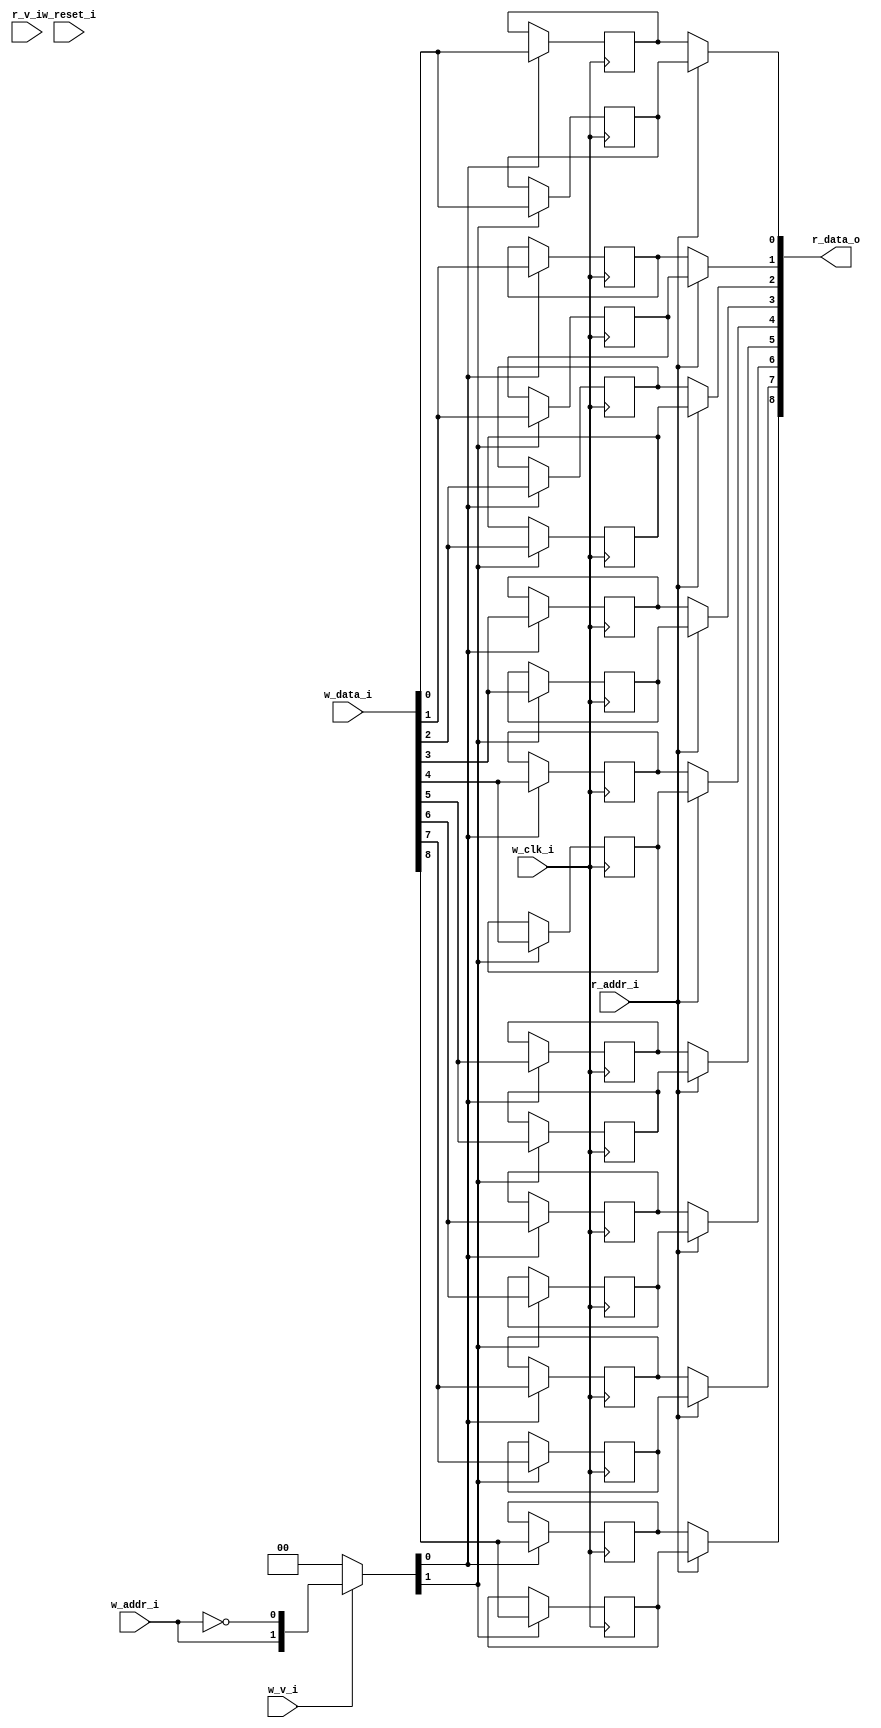
module bsg_mem_1r1w_synth_width_p9_els_p2_read_write_same_addr_p0_harden_p0
(
  w_clk_i,
  w_reset_i,
  w_v_i,
  w_addr_i,
  w_data_i,
  r_v_i,
  r_addr_i,
  r_data_o
);

  input [0:0] w_addr_i;
  input [8:0] w_data_i;
  input [0:0] r_addr_i;
  output [8:0] r_data_o;
  input w_clk_i;
  input w_reset_i;
  input w_v_i;
  input r_v_i;
  wire [8:0] r_data_o;
  wire N0,N1,N2,N3,N4,N5,N7,N8;
  reg [17:0] mem;
  assign r_data_o[8] = (N3)? mem[8] : 
                       (N0)? mem[17] : 1'b0;
  assign N0 = r_addr_i[0];
  assign r_data_o[7] = (N3)? mem[7] : 
                       (N0)? mem[16] : 1'b0;
  assign r_data_o[6] = (N3)? mem[6] : 
                       (N0)? mem[15] : 1'b0;
  assign r_data_o[5] = (N3)? mem[5] : 
                       (N0)? mem[14] : 1'b0;
  assign r_data_o[4] = (N3)? mem[4] : 
                       (N0)? mem[13] : 1'b0;
  assign r_data_o[3] = (N3)? mem[3] : 
                       (N0)? mem[12] : 1'b0;
  assign r_data_o[2] = (N3)? mem[2] : 
                       (N0)? mem[11] : 1'b0;
  assign r_data_o[1] = (N3)? mem[1] : 
                       (N0)? mem[10] : 1'b0;
  assign r_data_o[0] = (N3)? mem[0] : 
                       (N0)? mem[9] : 1'b0;

  always @(posedge w_clk_i) begin
    if(N8) begin
      mem[17] <= w_data_i[8];
    end 
  end


  always @(posedge w_clk_i) begin
    if(N8) begin
      mem[16] <= w_data_i[7];
    end 
  end


  always @(posedge w_clk_i) begin
    if(N8) begin
      mem[15] <= w_data_i[6];
    end 
  end


  always @(posedge w_clk_i) begin
    if(N8) begin
      mem[14] <= w_data_i[5];
    end 
  end


  always @(posedge w_clk_i) begin
    if(N8) begin
      mem[13] <= w_data_i[4];
    end 
  end


  always @(posedge w_clk_i) begin
    if(N8) begin
      mem[12] <= w_data_i[3];
    end 
  end


  always @(posedge w_clk_i) begin
    if(N8) begin
      mem[11] <= w_data_i[2];
    end 
  end


  always @(posedge w_clk_i) begin
    if(N8) begin
      mem[10] <= w_data_i[1];
    end 
  end


  always @(posedge w_clk_i) begin
    if(N8) begin
      mem[9] <= w_data_i[0];
    end 
  end


  always @(posedge w_clk_i) begin
    if(N7) begin
      mem[8] <= w_data_i[8];
    end 
  end


  always @(posedge w_clk_i) begin
    if(N7) begin
      mem[7] <= w_data_i[7];
    end 
  end


  always @(posedge w_clk_i) begin
    if(N7) begin
      mem[6] <= w_data_i[6];
    end 
  end


  always @(posedge w_clk_i) begin
    if(N7) begin
      mem[5] <= w_data_i[5];
    end 
  end


  always @(posedge w_clk_i) begin
    if(N7) begin
      mem[4] <= w_data_i[4];
    end 
  end


  always @(posedge w_clk_i) begin
    if(N7) begin
      mem[3] <= w_data_i[3];
    end 
  end


  always @(posedge w_clk_i) begin
    if(N7) begin
      mem[2] <= w_data_i[2];
    end 
  end


  always @(posedge w_clk_i) begin
    if(N7) begin
      mem[1] <= w_data_i[1];
    end 
  end


  always @(posedge w_clk_i) begin
    if(N7) begin
      mem[0] <= w_data_i[0];
    end 
  end

  assign N5 = ~w_addr_i[0];
  assign { N8, N7 } = (N1)? { w_addr_i[0:0], N5 } : 
                      (N2)? { 1'b0, 1'b0 } : 1'b0;
  assign N1 = w_v_i;
  assign N2 = N4;
  assign N3 = ~r_addr_i[0];
  assign N4 = ~w_v_i;

endmodule